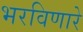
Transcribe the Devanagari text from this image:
भरविणारे